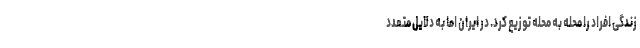
زندگی افراد را محله به محله توزیع کرد. در ایران اما به دلایل متعدد